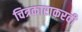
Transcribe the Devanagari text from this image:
चित्रकाराकरवी